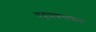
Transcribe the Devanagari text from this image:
यदुपाश्रयाश्रया